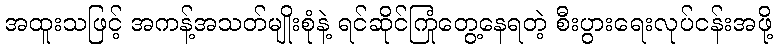
အထူးသဖြင့် အကန့်အသတ်မျိုးစုံနဲ့ ရင်ဆိုင်ကြုံတွေ့နေရတဲ့ စီးပွားရေးလုပ်ငန်းအဖို့